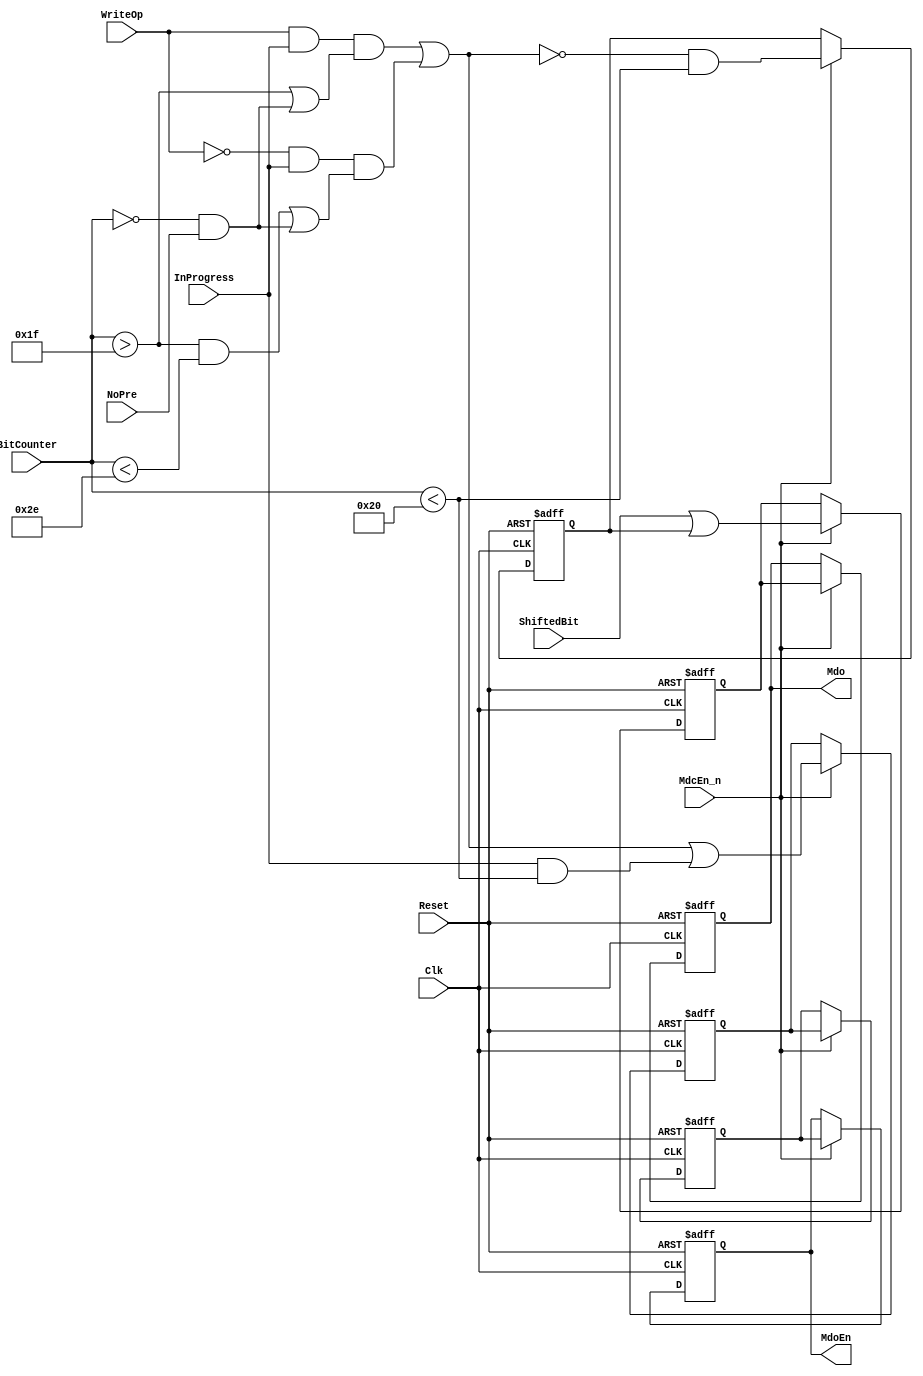
module eth_outputcontrol(Clk, Reset, InProgress, ShiftedBit, BitCounter, WriteOp, NoPre, MdcEn_n, Mdo, MdoEn);

parameter Tp = 1;

input         Clk;                // Host Clock
input         Reset;              // General Reset
input         WriteOp;            // Write Operation Latch (When asserted, write operation is in progress)
input         NoPre;              // No Preamble (no 32-bit preamble)
input         InProgress;         // Operation in progress
input         ShiftedBit;         // This bit is output of the shift register and is connected to the Mdo signal
input   [6:0] BitCounter;         // Bit Counter
input         MdcEn_n;            // MII Management Data Clock Enable signal is asserted for one Clk period before Mdc falls.

output        Mdo;                // MII Management Data Output
output        MdoEn;              // MII Management Data Output Enable

wire          SerialEn;

reg           MdoEn_2d;
reg           MdoEn_d;
reg           MdoEn;

reg           Mdo_2d;
reg           Mdo_d;
reg           Mdo;                // MII Management Data Output



// Generation of the Serial Enable signal (enables the serialization of the data)
assign SerialEn =  WriteOp & InProgress & ( BitCounter>31 | ( ( BitCounter == 0 ) & NoPre ) )
                | ~WriteOp & InProgress & (( BitCounter>31 & BitCounter<46 ) | ( ( BitCounter == 0 ) & NoPre ));


// Generation of the MdoEn signal
always @ (posedge Clk or posedge Reset)
begin
  if(Reset)
    begin
      MdoEn_2d <= #Tp 1'b0;
      MdoEn_d <= #Tp 1'b0;
      MdoEn <= #Tp 1'b0;
    end
  else
    begin
      if(MdcEn_n)
        begin
          MdoEn_2d <= #Tp SerialEn | InProgress & BitCounter<32;
          MdoEn_d <= #Tp MdoEn_2d;
          MdoEn <= #Tp MdoEn_d;
        end
    end
end


// Generation of the Mdo signal.
always @ (posedge Clk or posedge Reset)
begin
  if(Reset)
    begin
      Mdo_2d <= #Tp 1'b0;
      Mdo_d <= #Tp 1'b0;
      Mdo <= #Tp 1'b0;
    end
  else
    begin
      if(MdcEn_n)
        begin
          Mdo_2d <= #Tp ~SerialEn & BitCounter<32;
          Mdo_d <= #Tp ShiftedBit | Mdo_2d;
          Mdo <= #Tp Mdo_d;
        end
    end
end



endmodule